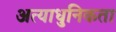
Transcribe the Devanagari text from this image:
अत्याधुनिकता